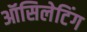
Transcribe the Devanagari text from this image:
ऑसिलेटिंग